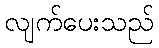
လျက်ပေးသည်